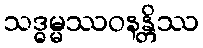
သဒ္ဓမ္မဿဝနန္တိဿ